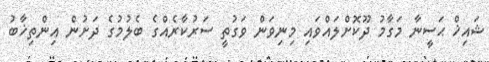
ޝައިޚް ޙަސީނާ މަގާމު ދޫކޮށްލައްވައި މިނިވަން ވަގުތީ ސަރުކާރެއްގެ ބެލުމުގެ ދަށުން އިންތިޚާބު